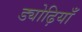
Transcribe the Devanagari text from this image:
ड्योढ़ियाँ